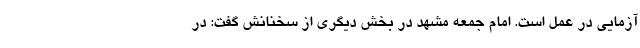
آزمایی در عمل است. امام جمعه مشهد در بخش دیگری از سخنانش گفت: در